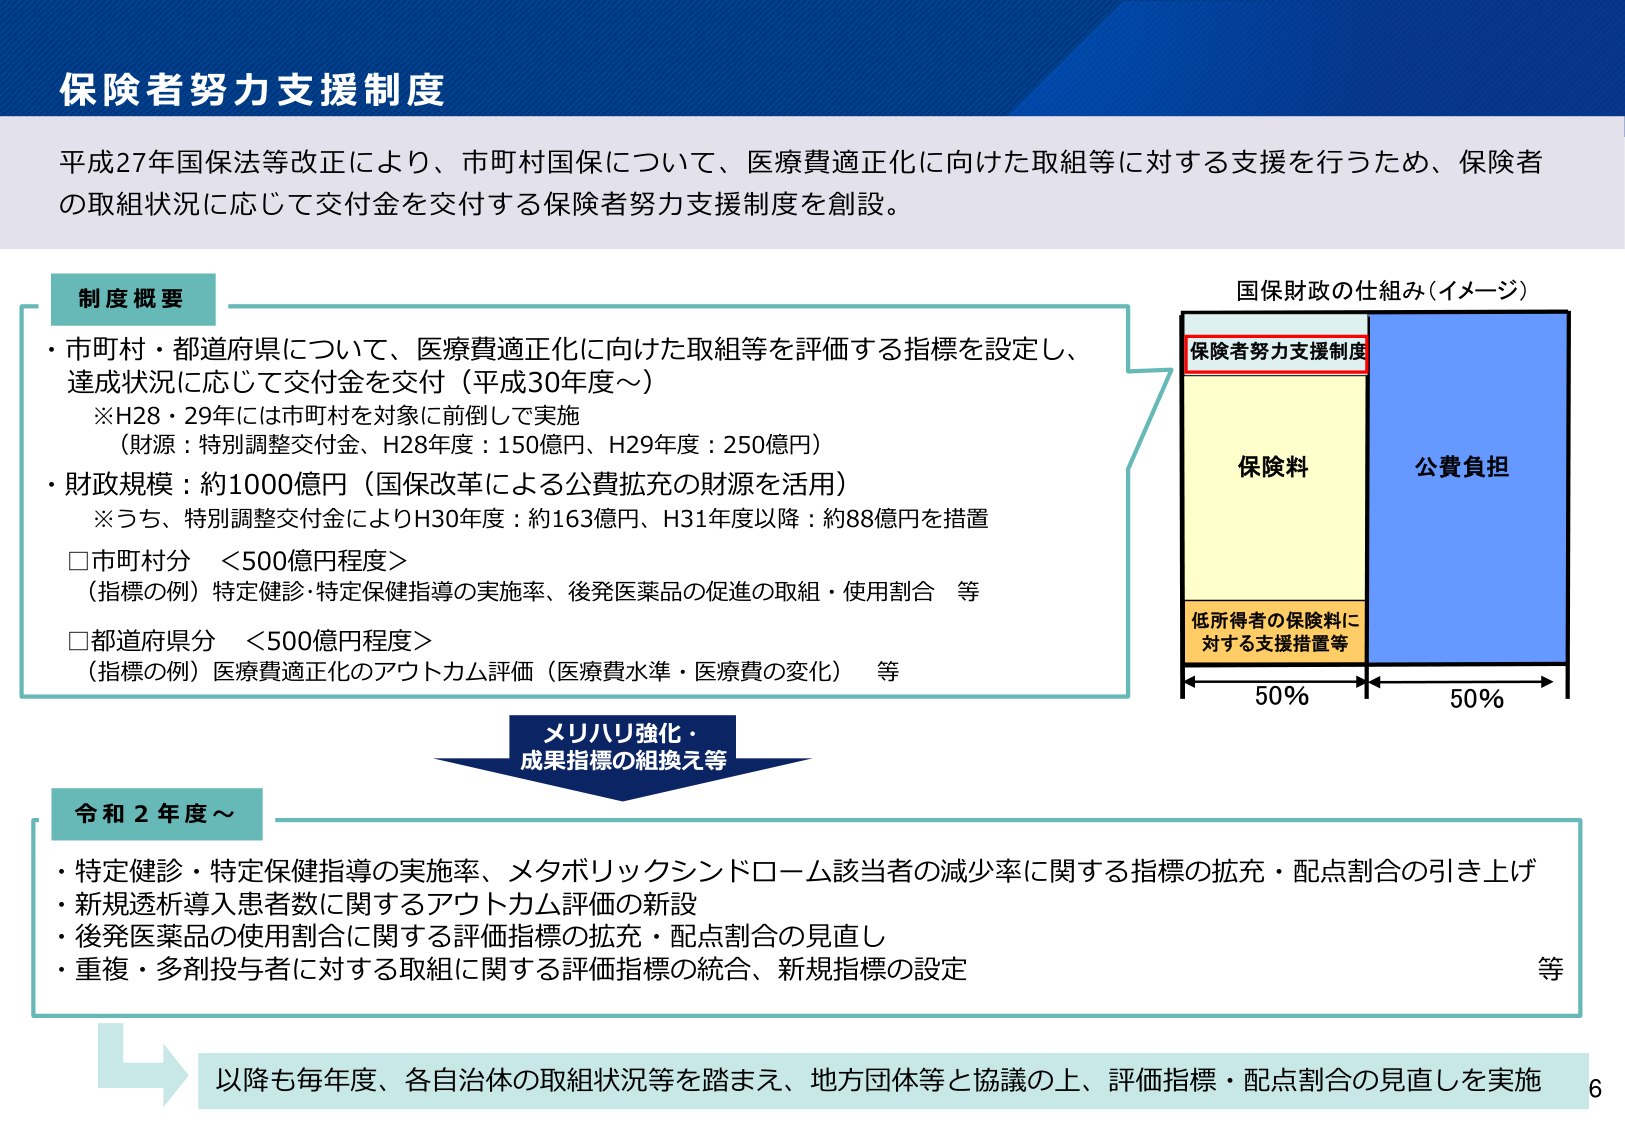
保険者努力支援制度

平成27年国保法等改正により、市町村国保について、医療費適正化に向けた取組等に対する支援を行うため、保険者の取組状況に応じて交付金を交付する保険者努力支援制度を創設。

制度概要
・市町村・都道府県について、医療費適正化に向けた取組等を評価する指標を設定し、達成状況に応じて交付金を交付（平成30年度～）
　※H28・29年には市町村を対象に前倒しで実施
　（財源：特別調整交付金、H28年度：150億円、H29年度：250億円）
・財政規模：約1000億円（国保改革による公費拡充の財源を活用）
　※うち、特別調整交付金によりH30年度：約163億円、H31年度以降：約88億円を措置
　□市町村分　＜500億円程度＞
　（指標の例）特定健診・特定保健指導の実施率、後発医薬品の促進の取組・使用割合　等
　□都道府県分　＜500億円程度＞
　（指標の例）医療費適正化のアウトカム評価（医療費水準・医療費の変化）　等

国保財政の仕組み（イメージ）
保険者努力支援制度
保険料
公費負担
低所得者の保険料に対する支援措置等
50%　　50%

メリハリ強化・
成果指標の組換え等

令和2年度～
・特定健診・特定保健指導の実施率、メタボリックシンドローム該当者の減少率に関する指標の拡充・配点割合の引き上げ
・新規透析導入患者数に関するアウトカム評価の新設
・後発医薬品の使用割合に関する評価指標の拡充・配点割合の見直し
・重複・多剤投与者に対する取組に関する評価指標の統合、新規指標の設定　等

以降も毎年度、各自治体の取組状況等を踏まえ、地方団体等と協議の上、評価指標・配点割合の見直しを実施

6